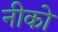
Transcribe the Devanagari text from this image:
नीको